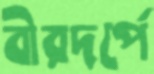
বীরদর্পে